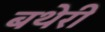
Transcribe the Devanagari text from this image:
बथेरी